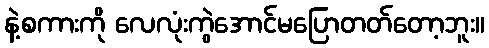
နဲ့စကားကို လေလုံးကွဲအောင်မပြောတတ်တော့ဘူး။